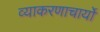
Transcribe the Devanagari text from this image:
व्याकरणाचार्यो